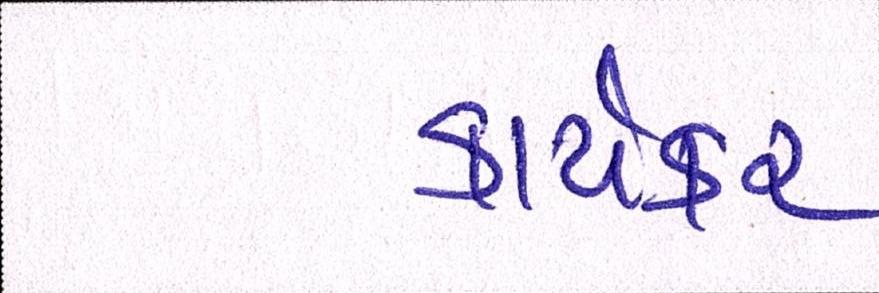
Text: કાર્યકર